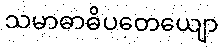
သမာဓာဓိပတေယျော